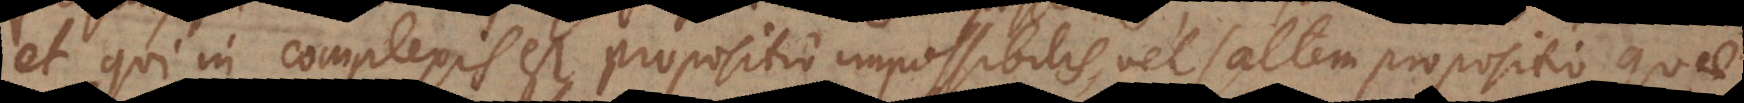
et qui in complexis est propositio impossibilis, vel saltem propositio qua